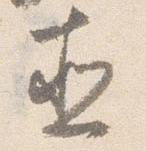
直